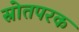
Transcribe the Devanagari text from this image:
स्रोतपरक